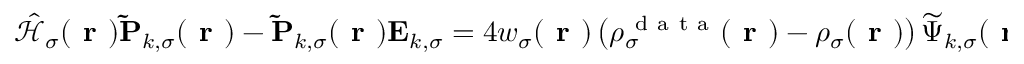
\begin{array} { r } { \hat { \mathcal { { H } } } _ { \sigma } ( \boldsymbol { \textbf { r } } ) \mathbf { \widetilde { P } } _ { k , \sigma } ( \boldsymbol { \textbf { r } } ) - \mathbf { \widetilde { P } } _ { k , \sigma } ( \boldsymbol { \textbf { r } } ) \mathbf { E } _ { k , \sigma } = 4 w _ { \sigma } ( \boldsymbol { \textbf { r } } ) \left( \rho _ { \sigma } ^ { \mathrm { ~ d ~ a ~ t ~ a ~ } } ( \boldsymbol { \textbf { r } } ) - \rho _ { \sigma } ( \boldsymbol { \textbf { r } } ) \right) \boldsymbol { \widetilde { \Psi } } _ { k , \sigma } ( \boldsymbol { \textbf { r } } ) f ( \mathbf { E } _ { k , \sigma } ) - \boldsymbol { \widetilde { \Psi } } _ { k , \sigma } ( \boldsymbol { \textbf { r } } ) \left( \mathbf { \widetilde { D } } _ { k , \sigma } + \mathbf { \widetilde { D } } _ { k , \sigma } ^ { \mathrm { ~ T ~ } } \right) \, } \end{array}